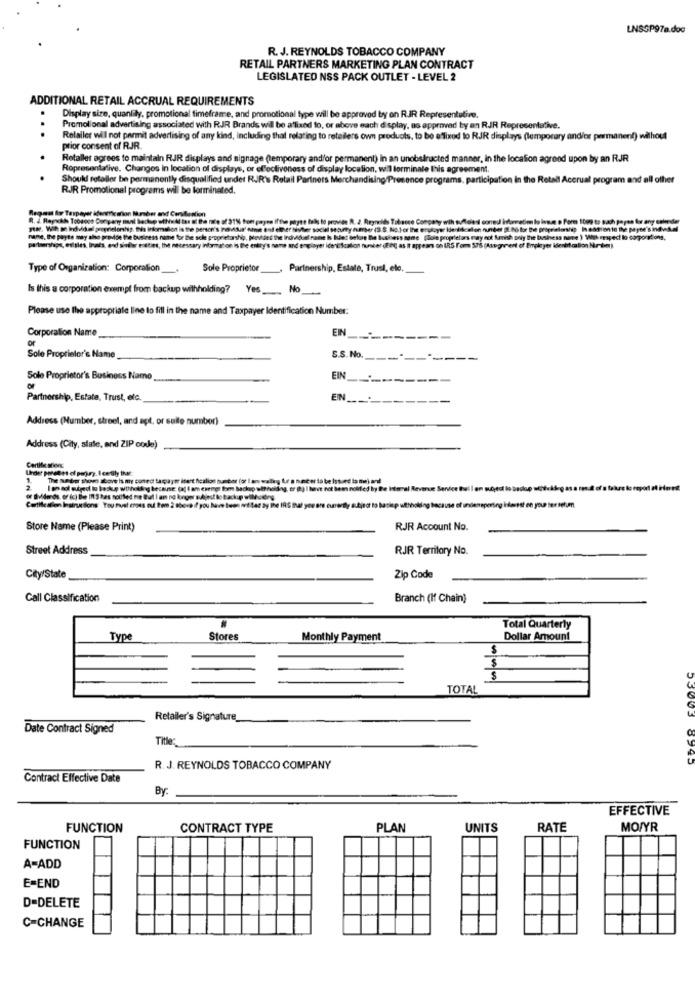
LNSSP97a.doc
R. J. REYNOLDS TOBACCO COMPANY
RETAIL PARTNERS MARKETING PLAN CONTRACT
LEGISLATED NSS PACK OUTLET - LEVEL 2
ADDITIONAL RETAIL ACCRUAL REQUIREMENTS
Display size, quanlily, promotional timeframe, and promotional type will be approved by on RIR Representative.
Promotional advertising associated with RJR Brands will be affixed to, or above each display, as approved by an RJR Representative.
Relailer will not permit advertising of any kind, Including that relating to reteilers own products, to be afixed to RJR displays (lemporary and/or permanent) without
prior consent of RJR.
Retallet agrees to maintain RJR displays and signage (temporary and/or permanent) in an unobstructed manner, in the location agreed upon by an RJR
Representative. Changes in location of displays, or effectiveness of display location, will forminale this agreement.
Should retailer be permanently disqualified under RIR's Retail Partners Merchandising/Presence programs, participation in the Retail Accrual program and all other
RJR Promotional programs will be terminated.
Regnet Ao Taxpayer identification Number and Carstenlion
TtM. Wit a inddigel proprietorship. this insomsion is the person's
name, the parts may also provide the business name for the sole peDy
pølsershops, etliles, Inats, and similar eosties, the necessary inform
yet identifcalion
Type of Organization: Corporation
Sole Proprietor
Partnership, Estate, Trust, ele.
Is this a corporation exempt from backup withholding? Yes_ No ___
Please use the appropriate line to fill in the name and Taxpayer Identification Number:
Corporation Name
EIN
of
Sole Proprietor's Name
S.S. No.
Sole Proprietor's Business Name
EIN
Partnership, Estate, Trust, etc.
EN
Address (Number, street, and apt, or suite number)
Address (City, state, and ZIP code)
Certile sion
Under pondett of pagury. I ce tily that:
The number shown above is my conec tagaytr inert fcal
The meder shows love is my coned taquet isert ficalion number (or I am walky Le a hunter to be Issued ta mt) and
I am aol oured is backue withholding because (af ( am exempt for backup altholding, or (8) I have not been notified by the Internal Revenue Service thel I on subject to backup
Cortile allen Instructions You must ernes ou tern 2 shove if you have teos ort tat by the IRS that you are currently subitot to batiep uthhoking because of undeneperting interest on your ters
Cortile allen Instructions You must ernes rut ten 2 shove if you have two
thholding because of undeneperting interest on your ser setum
Store Name (Please Print)
RJR Account No.
Street Address
RJR Territory No.
City/State
Zip Code
Call Classification
Branch (If Chain)
Total Quarterly
Type
Stores
Monthly Payment
00 00,00
Dollar Amount
TOTAL
Retailer's Signature
Date Contract Signed
Title
55003 8945
R. J. REYNOLDS TOBACCO COMPANY
Contract Effective Date
By:
EFFECTIVE
FUNCTION
CONTRACT TYPE
PLAN
UNITS
RATE
MO/YR
FUNCTION
A-ADD
E=END
D-DELETE
C=CHANGE